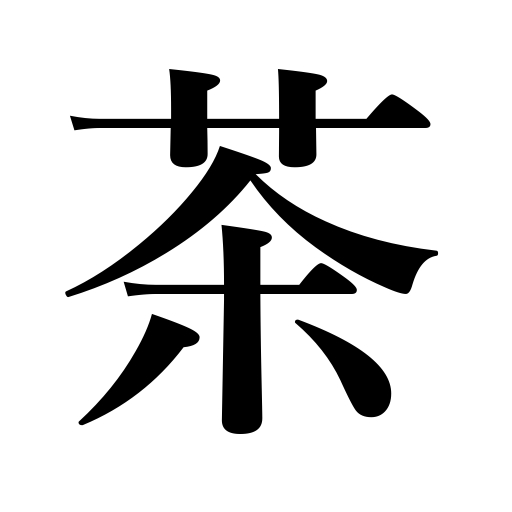
Meanings: light brown,tea leaves,tea plant,tea